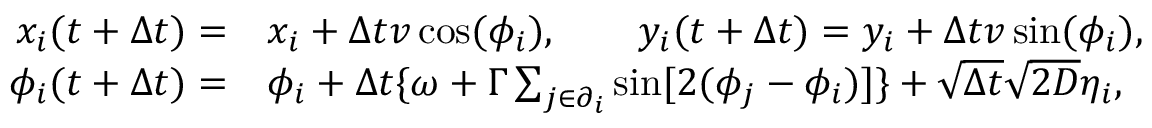
\begin{array} { r l } { x _ { i } ( t + \Delta t ) = } & { x _ { i } + \Delta t v \cos ( \phi _ { i } ) , \qquad y _ { i } ( t + \Delta t ) = y _ { i } + \Delta t v \sin ( \phi _ { i } ) , } \\ { \phi _ { i } ( t + \Delta t ) = } & { \phi _ { i } + \Delta t \{ \omega + \Gamma \sum _ { j \in \partial _ { i } } \sin [ 2 ( \phi _ { j } - \phi _ { i } ) ] \} + \sqrt { \Delta t } \sqrt { 2 D } \eta _ { i } , } \end{array}